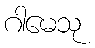
ဂါမေသု